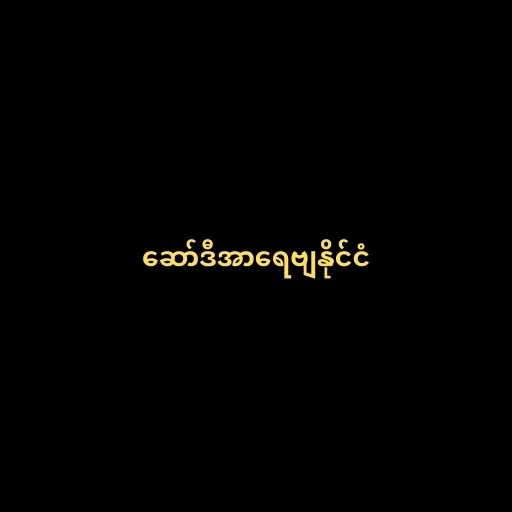
ဆော်ဒီအာရေဗျနိုင်ငံ